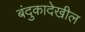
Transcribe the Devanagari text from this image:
बंदुकादेखील